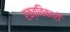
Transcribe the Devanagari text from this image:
रक्तविकारों